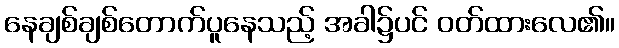
နေချစ်ချစ်တောက်ပူနေသည့် အခါ၌ပင် ဝတ်ထားလေ၏။